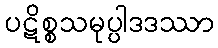
ပဋိစ္စသမုပ္ပါဒဒဿာ